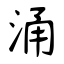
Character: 涌